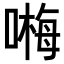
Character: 𠻽